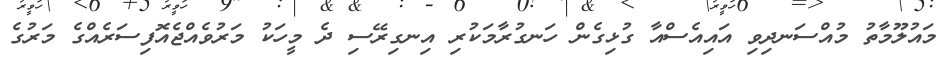
މައުލޫމާތު މުއްސަނދިވި އައިއެސްއާ ގުޅިގެން ހަނގުރާމަކުރި އިނގިރޭސި ދެ މީހަކު މަރުވެއްޖެއޮފިސަރެއްގެ މަރުގެ